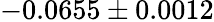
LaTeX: -0.0655\pm 0.0012